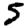
Digit: 5